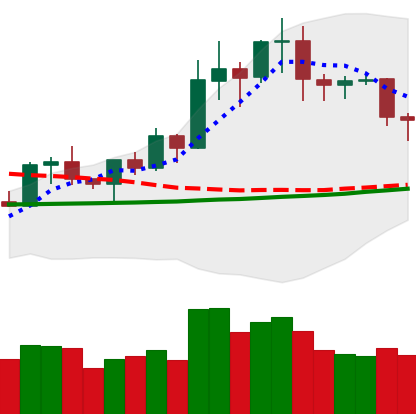
Ticker: NEO-USD
Chart end date: 2020-01-24
Forward return: 6.681%
Label: up_5_7